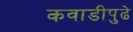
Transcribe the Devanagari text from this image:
कवाडीपुढे